Madras plague regulations and rules - Volume 2
Disease focus: Plague
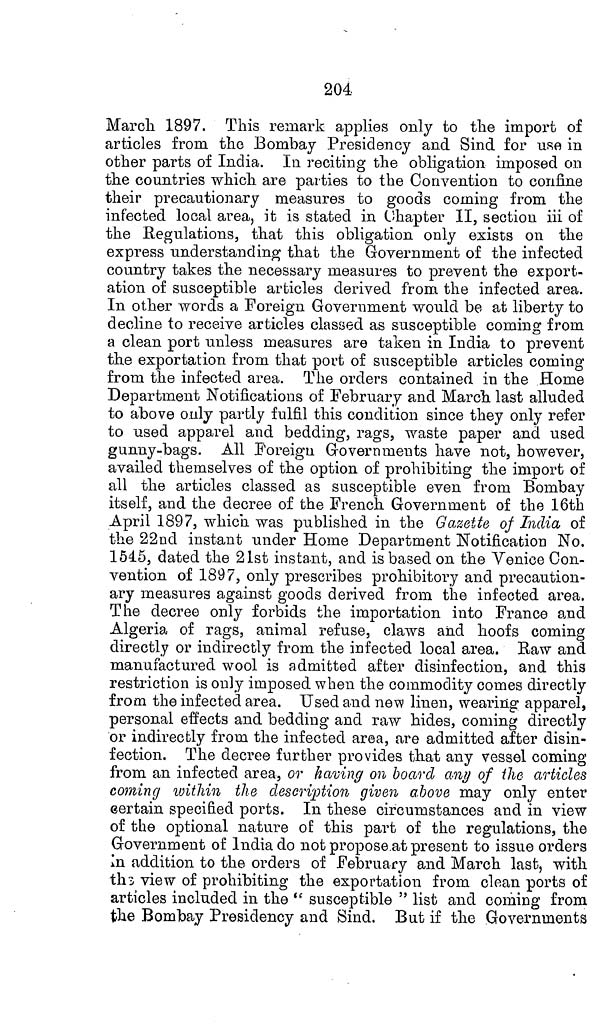
204
March 1897. This remark applies only to the import of
articles from the Bombay Presidency and Sind for use in
other parts of India. In reciting the obligation imposed on
the countries which are parties to the Convention to confine
their precautionary measures to goods coming from the
infected local area, it is stated in Chapter II, section iii of
the Regulations, that this obligation only exists on the
express understanding that the Government of the infected
country takes the necessary measures to prevent the export-
ation of susceptible articles derived from the infected area.
In other words a Foreign Government would be at liberty to
decline to receive articles classed as susceptible coming from
a clean port unless measures are taken in India to prevent
the exportation from that port of susceptible articles coming
from the infected area. The orders contained in the Home
Department Notifications of February and March last alluded
to above only partly fulfil this condition since they only refer
to used apparel and bedding, rags, waste paper and used
gunny-bags. All Foreign Governments have not, however,
availed themselves of the option of prohibiting the import of
all the articles classed as susceptible even from Bombay
itself, and the decree of the French Government of the 16th
April 1897, which was published in the Gazette of India of
the 22nd instant under Home Department Notification No.
1545, dated the 21st instant, and is based on the Venice Con-
vention of 1897, only prescribes prohibitory and precaution-
ary measures against goods derived from the infected area.
The decree only forbids the importation into France and
Algeria of rags, animal refuse, claws and hoofs coming
directly or indirectly from the infected local area. Raw and
manufactured wool is admitted after disinfection, and this
restriction is only imposed when the commodity comes directly
from the infected area. Used and new linen, wearing apparel,
personal effects and bedding and raw hides, coming directly
or indirectly from the infected area, are admitted after disin-
fection. The decree further provides that any vessel coming
from an infected area, or having on board any of the articles
coming within the description given above may only enter
certain specified ports. In these circumstances and in view
of the optional nature of this part of the regulations, the
Government of India do not propose at present to issue orders
In addition to the orders of February and March last, with
the view of prohibiting the exportation from clean ports of
articles included in the " susceptible " list and coming from
the Bombay Presidency and Sind. But if the Governments